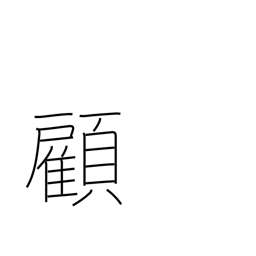
Meaning: look back